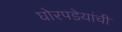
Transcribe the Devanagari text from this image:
घोरपडेयांची